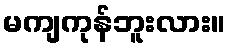
မကျကုန်ဘူးလား။